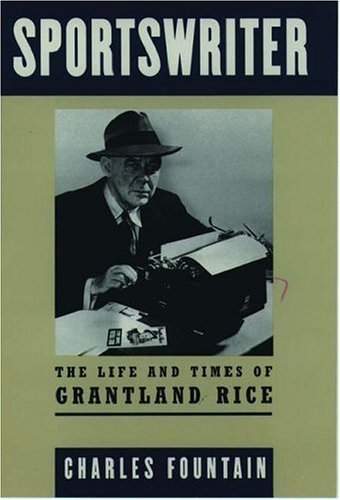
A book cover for Sportswriter: The Life and Times of Grantland Rice; Charles Fountain; Sports & Outdoors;